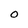
Character: O